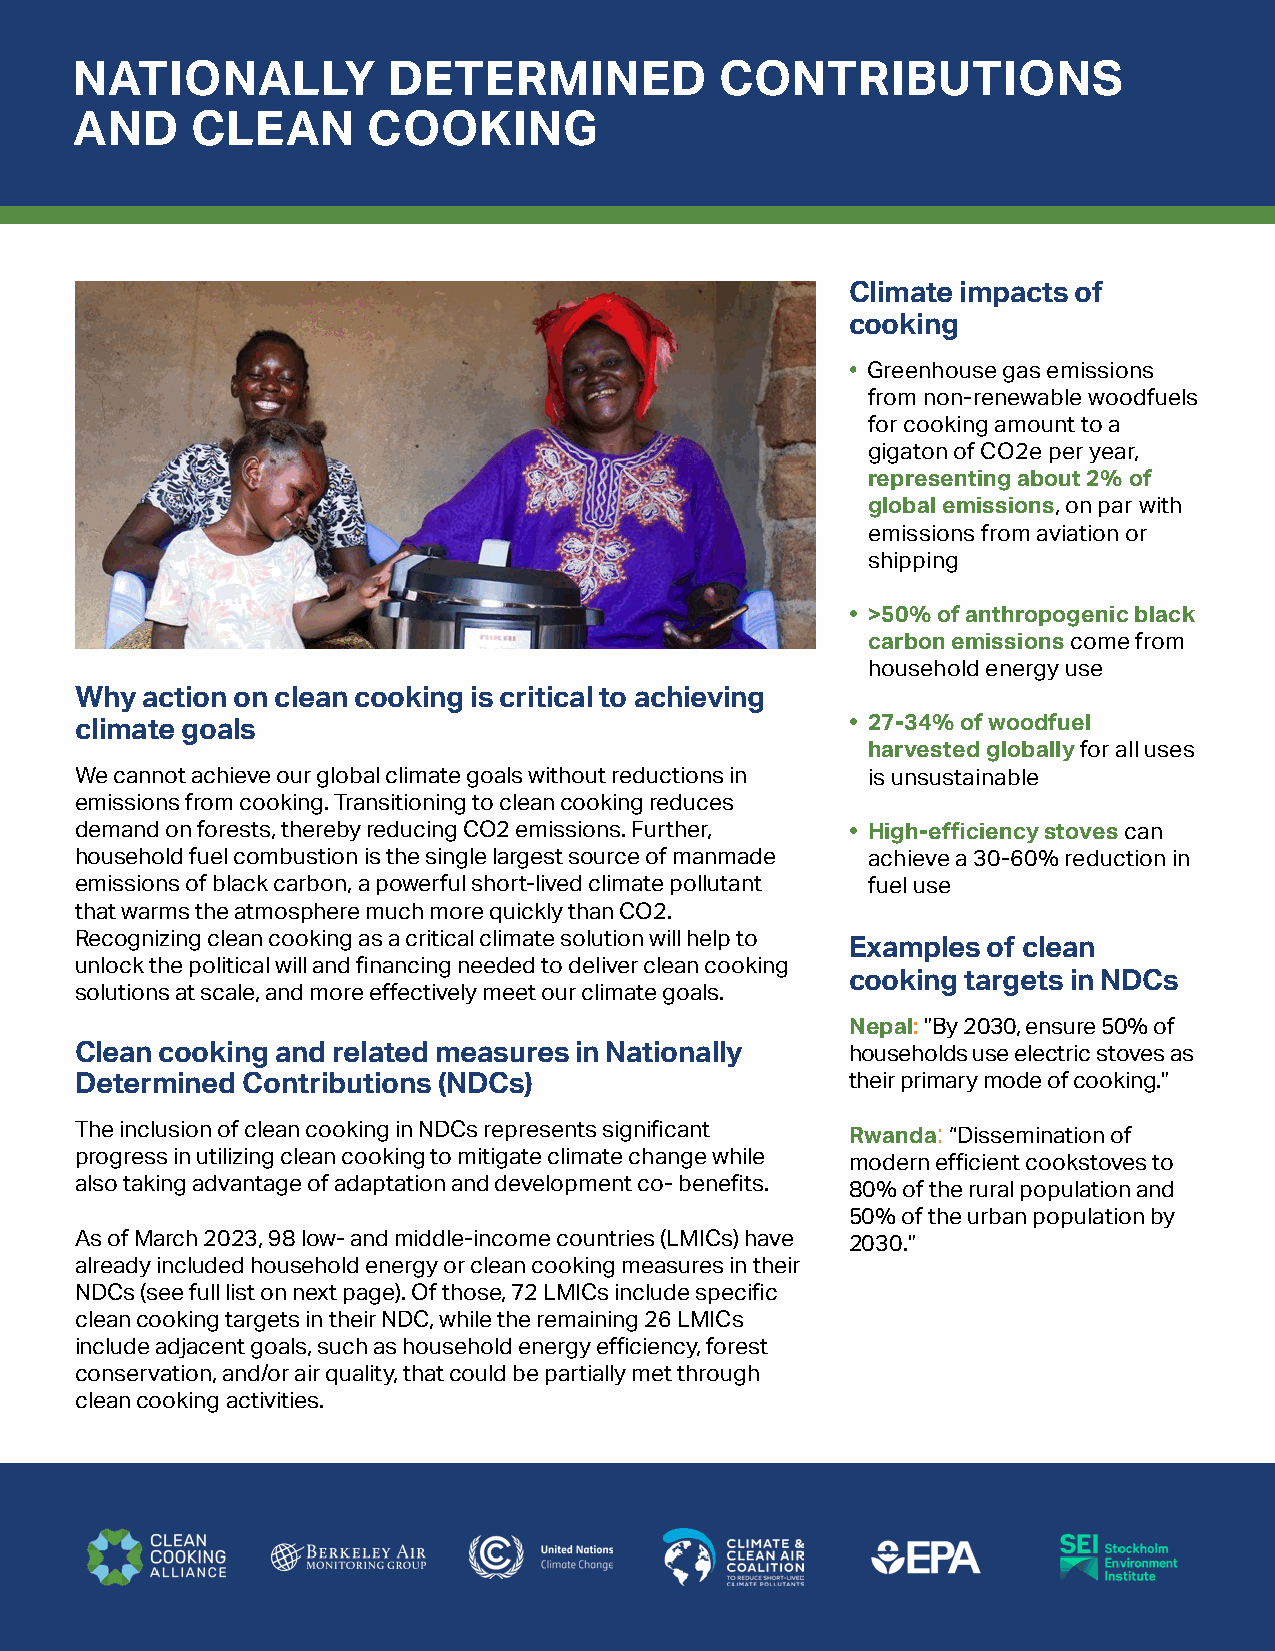
NATIONALLY           DETERMINED            CONTRIBUTIONS
 AND     CLEAN      COOKING
 Climate impacts of
 cooking
 • G reenhouse gas emissions
 from non-renewable woodfuels
 for cooking amount to a
 gigaton of CO2e per year,
 representing about 2% of
 global emissions, on par with
 emissions from aviation or
 shipping
 • >50% of anthropogenic black
 carbon emissions come from
 household energy use
 Why action on clean cooking is critical to achieving
 • 27-34% of woodfuel
 climate goals
 harvested globally for all uses
 We cannot achieve our global climate goals without reductions in is unsustainable
 emissions from cooking. Transitioning to clean cooking reduces
 demand on forests, thereby reducing CO2 emissions. Further, • High-efficiency stoves can
 household fuel combustion is the single largest source of manmade achieve a 30-60% reduction in
 emissions of black carbon, a powerful short-lived climate pollutant fuel use
 that warms the atmosphere much more quickly than CO2.
 Recognizing clean cooking as a critical climate solution will help to
 Examples of clean
 unlock the political will and financing needed to deliver clean cooking
 cooking targets in NDCs
 solutions at scale, and more effectively meet our climate goals.
 Nepal: ”By 2030, ensure 50% of
 Clean cooking and related measures in Nationally   households use electric stoves as
 Determined Contributions (NDCs)                    their primary mode of cooking.”
 The inclusion of clean cooking in NDCs represents significant Rwanda: “Dissemination of
 progress in utilizing clean cooking to mitigate climate change while modern efficient cookstoves to
 also taking advantage of adaptation and development co- benefits. 80% of the rural population and
 50% of the urban population by
 As of March 2023, 98 low- and middle-income countries (LMICs) have 2030.”
 already included household energy or clean cooking measures in their
 NDCs (see full list on next page). Of those, 72 LMICs include specific
 clean cooking targets in their NDC, while the remaining 26 LMICs
 include adjacent goals, such as household energy efficiency, forest
 conservation, and/or air quality, that could be partially met through
 clean cooking activities.